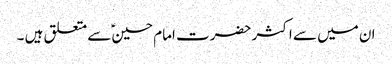
ان میں سے اکثر حضرت امام حسین ؑسے متعلق ہیں ۔